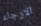
الارجاء